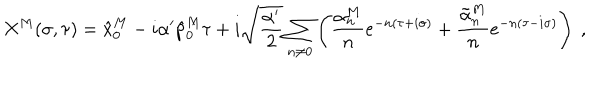
X ^ { M } ( \sigma , \tau ) = \hat { x } _ { 0 } ^ { M } - i \alpha ^ { \prime } \hat { p } _ { 0 } ^ { M } \tau + i \sqrt { \frac { \alpha ^ { \prime } } { 2 } } \sum _ { n \neq 0 } \left( \frac { \alpha _ { n } ^ { M } } { n } e ^ { - n ( \tau + i \sigma ) } + \frac { \tilde { \alpha } _ { n } ^ { M } } { n } e ^ { - n ( \tau - i \sigma ) } \right) ~ ,